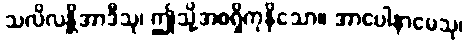
သလိလန္တိအာဒီသု၊ ဤသို့အစရှိကုနိသော။ အာပေါနာမေသု၊